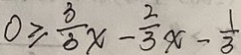
0 \geq \frac { 3 } { 3 } x - \frac { 2 } { 3 } x - \frac { 1 } { 3 }